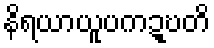
နိရယာယူပကဍ္ဎတိ